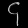
Digit: ၄